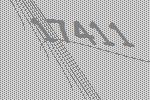
17411